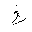
Letter: _kha